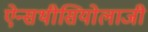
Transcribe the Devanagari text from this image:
ऐन्सथीसियोलाजी